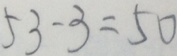
5 3 - 3 = 5 0